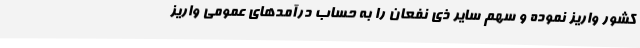
کشور واریز نموده و سهم سایر ذی نفعان را به حساب درآمدهای عمومی واریز